Lunatic asylums Punjab 1881-1894 - 1881-1894
Year: 1881
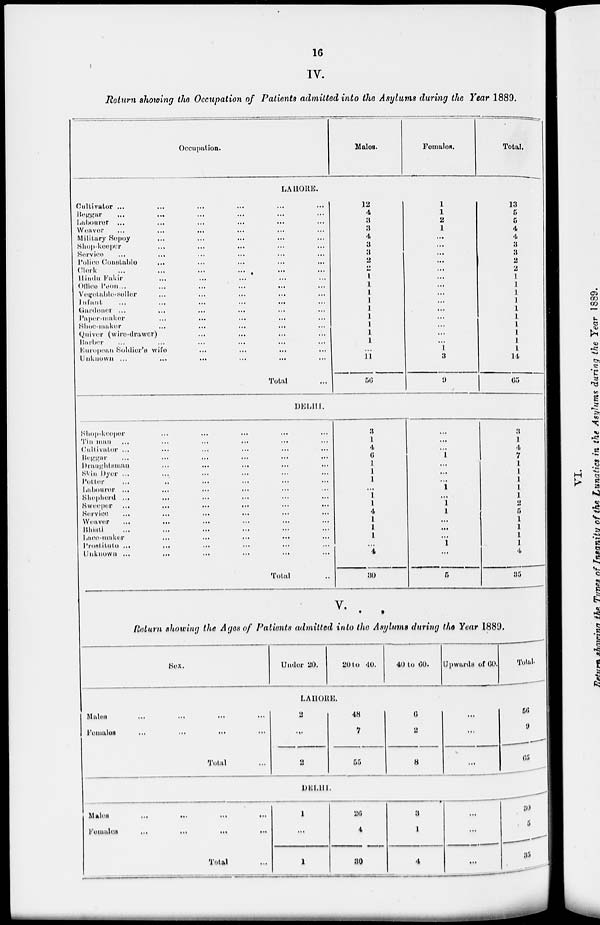
16
IV.
Return showing the Occupation of Patients admitted into the Asylums during the Year 1889.
Occupation.
Males.
Females.
Total.
LAHORE.
Cultivator ... ... ... ... ... ...
Beggar ... ... ... ... ... ...
Labourer ... ... ... ... ... ...
Weaver
...
...
...
...
... ...
Military Sepoy ... ... ... ... ... ...
Shop-keeper ... ... ... ... ... ...
Service ... ... ... ... ... ...
Police
Constable
...
...
...
...
,..
Clerk ... ... ... ... ... ...
Hindu Fakir ... ... ... ... ... ...
Office Peon ... ... ... ... ... ...
Vegetable-seller ... ... ... ... ... ...
Infant
...
...
...
...
...
Gardener ... ... ... ... ... ...
Paper-maker ... ... ... ... ... ...
Shoe-maker
...
...
...
,.,
Quiver (wire-drawer) ... ... ... ... ... ...
Barber ... ... ... ... ... ...
European Soldier's wife
Unknown ... ... ... ... ... ...
Total ...
12
4
3
3
4
3
3
2
2
1
1
1
1
1
1
1
1
l
...
11
56
1
1
2
1
...
...
...
...
...
...
...
...
...
...
...
...
...
...
1
3
9
13
5
5
4
4
3
3
2
2
1
1
1
1
1
1
1
1
1
1
14
65
DELHI.
Shop-keeper ... ... ... ... ... ...
Tin man ... ... ... ... ... ...
Cultivator ... ... ... ... ... ...
Beggar ... ... ... ... ... ...
Draughtsman ... ... ... ... ... ...
Skin Dyer ... ... ... ... ... ...
Potior ... ... ... ... ... ...
Labourer ... ... ... ... ... ...
Shepherd ... ... ... ... ... ...
Sweeper
...
...
...
...
...
...
Service ... ... ... ... ... ...
Weaver ... ... ... ... ... ...
Bhisti ... ... ... ... ... ...
Lace-maker ... ... ... ... ... ...
Prostitute ... ... ... ... ... ...
Unknown ... ... ... ... ... ...
Total ...
3
1
4
6
1
1
1
...
1
1
4
1
1
1
...
4
30
...
...
...
l
...
...
...
l
...
1
l
...
...
...
l
...
5
3
1
4
7
1
1
l
1
1
2
5
1
1
1
1
4
35
V.
Return showing the Ages of Patients admitted into the Asylums during the Year 1889.
Sex.
Under 20.
20 to 40.
40 to 60.
Upwards of 60.
Total.
LAHORE.
Males
...
...
...
...
Females
...
...
...
...
Total ...
2
...
2
48
7
55
6
2
8
...
...
...
56
9
65
DELHI.
Males
...
...
...
...
Females
...
...
...
...
Total
1
...
1
26
4
30
3
l
4
...
...
30
5
35